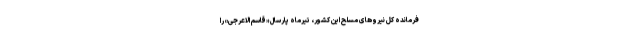
فرمانده کل نیروهای مسلح این کشور، تیرماه پارسال «قاسم الاعرجی» را